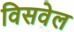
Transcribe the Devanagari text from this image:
विसवेल